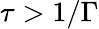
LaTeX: \tau>1/\Gamma